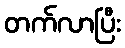
တက်လာပြီး